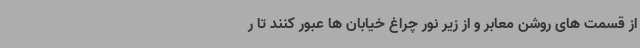
از قسمت های روشن معابر و از زیر نور چراغ خیابان ها عبور کنند تا ر